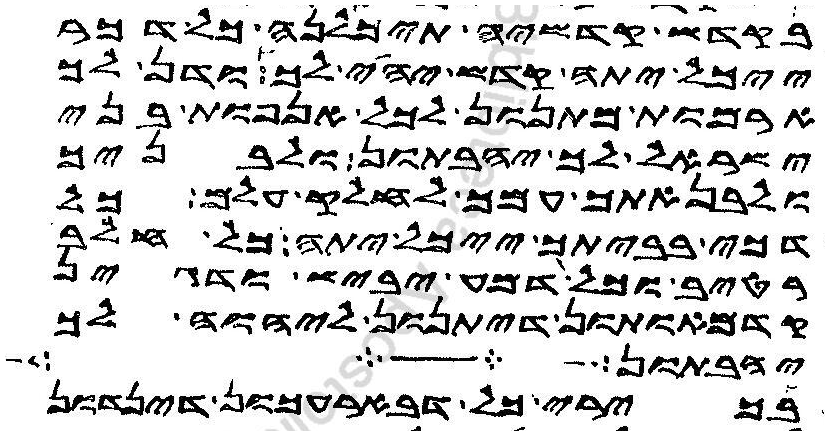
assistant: בקדש קדשיה תיכלנה כל דכר
ייכל יתה קדש יהי לך ודן לך
ארמות מתנון לכל אנפות בני
ישראל לך יהבתון ולבניך
ולבנאתך עמך לחלק עלם כל
דכי בביתך ייכל יתה כל חלב
רטיב וכל דמע יביש ודגין
קדמאותון דיתנון ליהוה לך
יהון שבע
בכירי כל דבארעכון דינדון